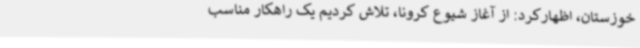
خوزستان، اظهارکرد: از آغاز شیوع کرونا، تلاش کردیم یک راهکار مناسب